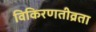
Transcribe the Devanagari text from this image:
विकिरणतीव्रता